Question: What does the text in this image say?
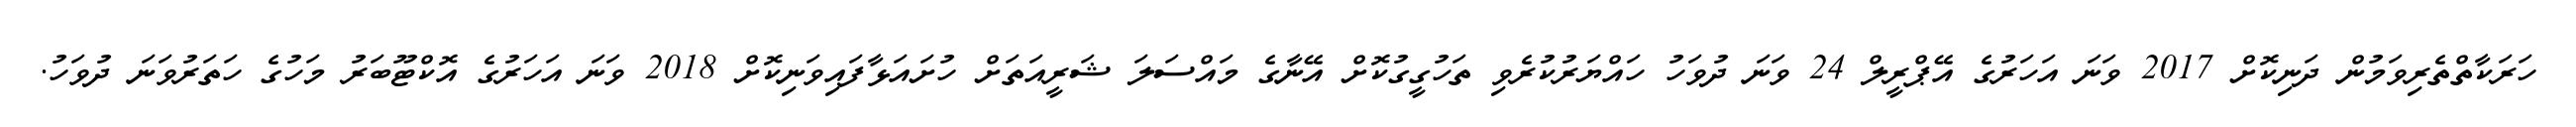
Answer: ހަރަކާތްތެރިވަމުން ދަނިކޮށް 2017 ވަނަ އަހަރުގެ އޭޕްރީލް 24 ވަނަ ދުވަހު ހައްޔަރުކުރެވި ތަހުގީގުކޮށް އޭނާގެ މައްސަލަ ޝަރީއަތަށް ހުށައަޅާފައިވަނިކޮށް 2018 ވަނަ އަހަރުގެ އޮކްޓޫބަރު މަހުގެ ހަތަރުވަނަ ދުވަހު.